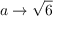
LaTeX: a \rightarrow { \sqrt { 6 } }